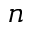
n